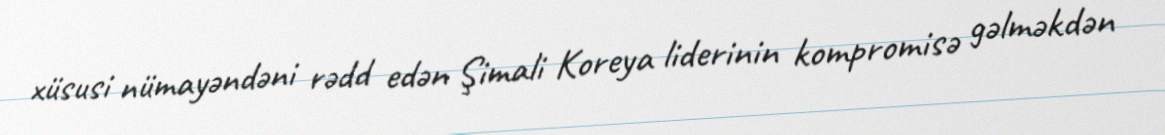
xüsusi nümayəndəni rədd edən Şimali Koreya liderinin kompromisə gəlməkdən